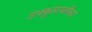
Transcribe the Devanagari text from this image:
उपकुलपतीका